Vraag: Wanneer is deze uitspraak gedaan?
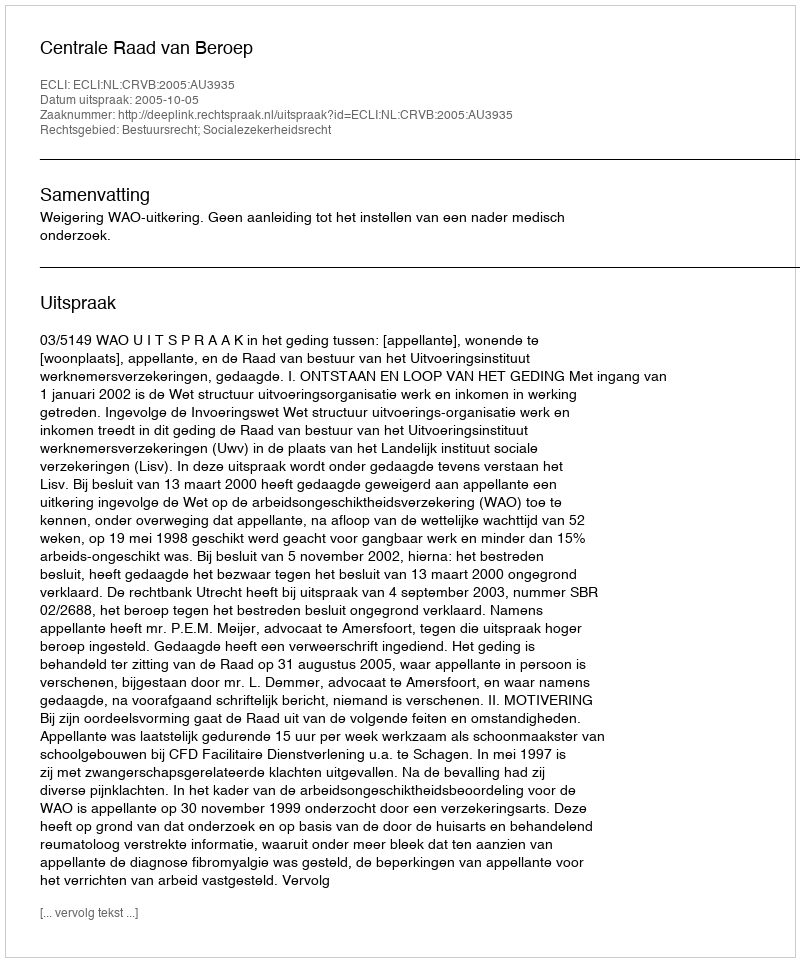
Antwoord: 2005-10-05